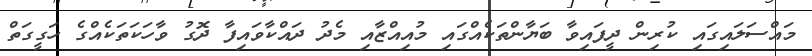
މައްސަލައިގައި ކުރިން ދީފައިވާ ބަޔާންތަކެއްގައި މުއިއްޒާއި މެދު ދައްކާވައިފާ ދޮގު ވާހަކަތަކެއްގެ ހަގީގަތް